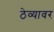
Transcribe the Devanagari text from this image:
ठेव्यावर